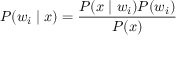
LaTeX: P ( w _ { i } \mid x ) = { \frac { P ( x \mid w _ { i } ) P ( w _ { i } ) } { P ( x ) } }